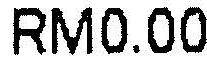
RM0.00